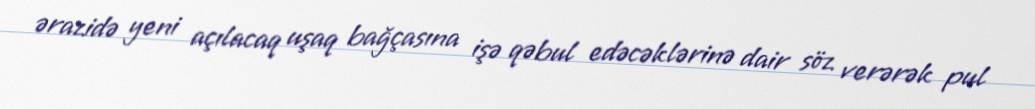
ərazidə yeni açılacaq uşaq bağçasına işə qəbul edəcəklərinə dair söz verərək pul